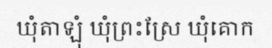
ឃុំតាឡុំ ឃុំព្រះស្រែ ឃុំគោក